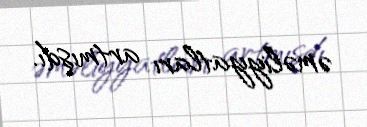
əməliyyatları artmışdı.